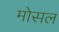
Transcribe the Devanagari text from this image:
मोसल